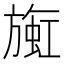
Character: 𬀒